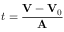
t = { \frac { \mathbf { V } - \mathbf { V } _ { 0 } } { \mathbf { A } } }